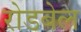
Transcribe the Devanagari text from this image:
रोडबेल